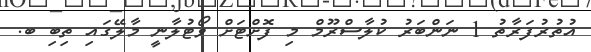
އުތުރުފަރާތު 1 ނަންބަރު ކުލާސްރޫމް މި ފޮށްޓަށް ވޯޓުލާނީ މާލޭގައި ތިބި ބ.